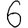
Digit: 6